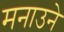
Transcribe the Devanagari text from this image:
मनाउने